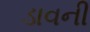
ડાવની